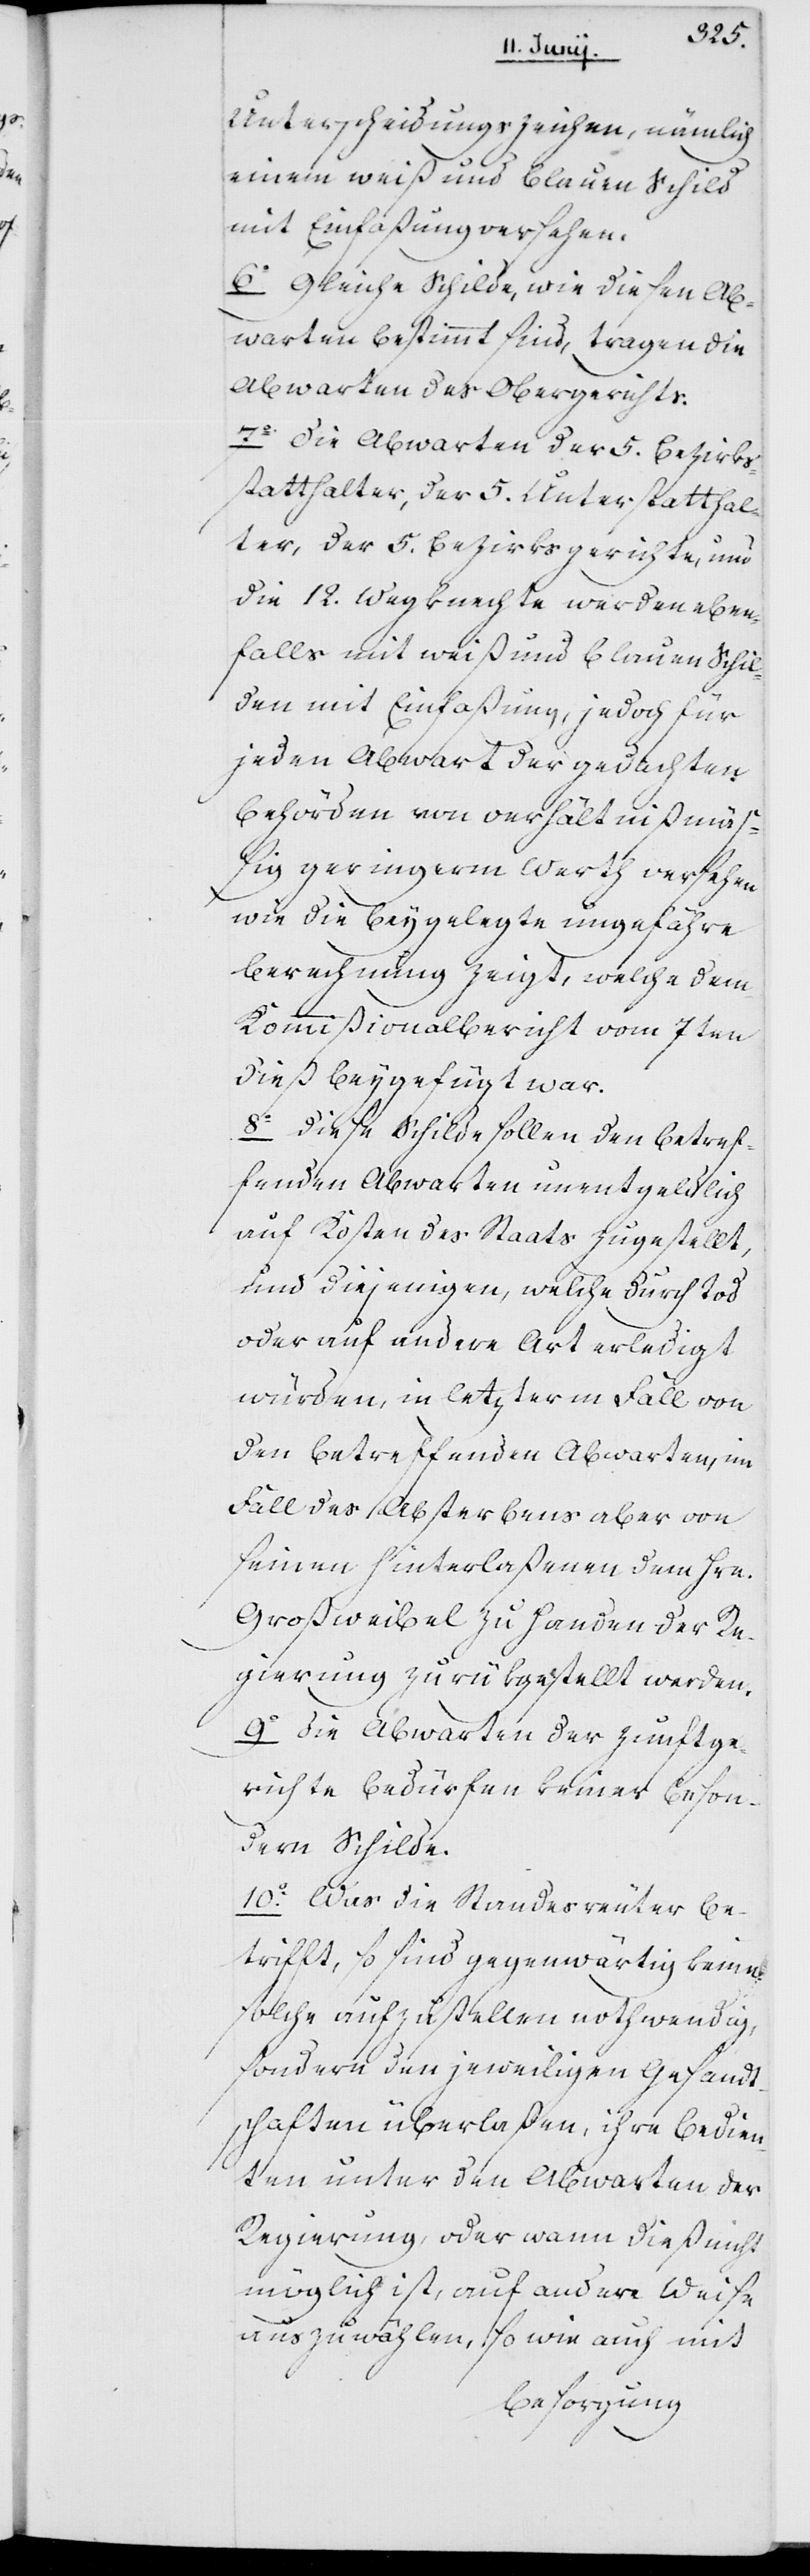
Unterscheidungszeichen, nämlich
einem weiß und blauen Schild
mit Einfaßungen versehen.
6o. Gleiche Schilde, wie diesen Ab¬
warten bestimmt sind, tragen die
Abwarten des Obergerichts.
7o. Die Abwarten der 5. Bezirks¬
statthalter, der 5. Unterstatthal¬
ter, der 5. Bezirksgerichte und
die 12. Wegknechte werden eben¬
falls mit weiß und blauen Schil¬
den mit Einfaßung, jedoch für
jeden Abwart der gedachten
Behörden von verhältnißmäß¬
ig geringerm Werth versehen,
wie die beygelegte ungefähre
Berechnung zeigt, welche dem
Kommißionalbericht vom 7ten
dieß beigefügt war.
8o Diese Schilde sollen den betref¬
fenden Abwarten unentgeldlich
auf Kosten des Staats zugestellt,
und diejeingen, welche durch Tod
oder auf andere Art erledigt
würden, in letzterm Fall von
den betreffenden Abwarten, im
Fall des Absterbens aber von
seinen hinterlaßenen dem Hrn.
Großweibel zu Handen der Re¬
gierung zurükgestellt werden.
9o Die Abwarten der Zunftge¬
richte bedürfen keiner beson¬
dern Schilde.
10o. Was die Standesreuter be¬
trifft, so sind gegenwärtig keine
solche aufzustellen nothwendig,
sondern den jeweiligen Gesandt¬
schaften überlaßen, ihre Bedien¬
ten unter den Abwarten der
Regierung, oder wann dieß nicht
möglich ist, auf andere Weise
auszuwählen, so wie auch mit